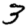
Digit: 3